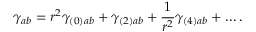
\gamma _ { a b } = r ^ { 2 } \gamma _ { ( 0 ) a b } + \gamma _ { ( 2 ) a b } + \frac { 1 } { r ^ { 2 } } \gamma _ { ( 4 ) a b } + \ldots .